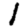
Digit: 1